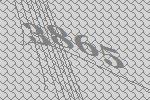
3865